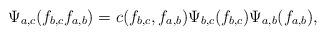
LaTeX: \begin{align*}\Psi_{a,c}(f_{b,c}f_{a,b}) =c(f_{b,c},f_{a,b})\Psi_{b,c}(f_{b,c})\Psi_{a,b}(f_{a,b}),\end{align*}